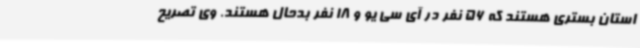
استان بستری هستند که 56 نفر در آی سی یو و 18 نفر بدحال هستند. وی تصریح